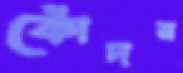
কোঁদন